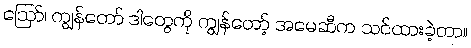
ဪ၊ ကျွန်တော် ဒါတွေကို ကျွန်တော့် အမေဆီက သင်ထားခဲ့တာ။